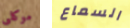
موكلى السماع